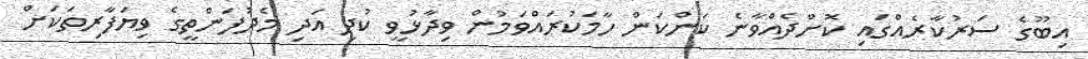
އިބޫގެ ސަރުކާރެއްގައި ކޮށްދެއްވާނެ ކަންކަން ހާމަކުރައްވަމުން ވިދާޅުވީ ކުދި އަދި މެދުފަންތީގެ ވިޔަފާރިތަކަށް